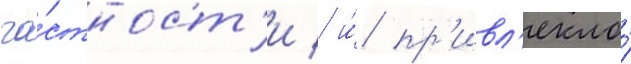
ча́стност'и / и́ пр'ивл'екло́